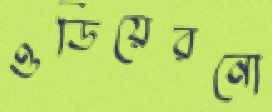
ওডিয়েরনো